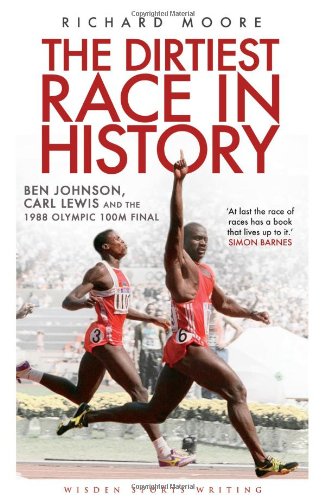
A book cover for The Dirtiest Race in History: Ben Johnson, Carl Lewis and the 1988 Olympic 100m Final (Wisden Sports Writing); Richard Moore; Sports & Outdoors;